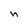
Character: n